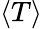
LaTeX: \left<T\right>